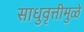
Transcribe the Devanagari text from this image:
साधुवृत्तीमुळे